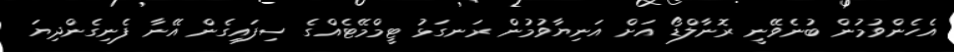
އެހެންވުމުން ބުނެވޭނީ ރޮނާލްޑޯ އަށް އަނިޔާވުމުން ރަނގަޅު ޓީމްމޭޓެއްގެ ސިފައިގެން އޭނާ ފެނިގެންދިޔަ